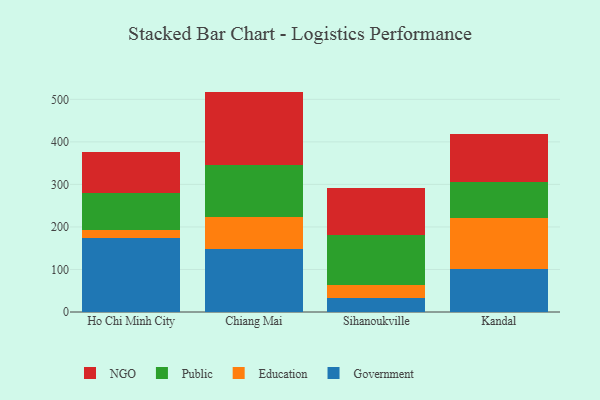
{"axis": {"x": "City", "y": "LTV (USD)"}, "legend": ["Education", "Government", "NGO", "Public"], "data": [{"x": "Ho Chi Minh City", "y": 175.0, "type": "Government"}, {"x": "Ho Chi Minh City", "y": 16.8, "type": "Education"}, {"x": "Ho Chi Minh City", "y": 88.3, "type": "Public"}, {"x": "Ho Chi Minh City", "y": 95.1, "type": "NGO"}, {"x": "Chiang Mai", "y": 148.3, "type": "Government"}, {"x": "Chiang Mai", "y": 74.0, "type": "Education"}, {"x": "Chiang Mai", "y": 123.6, "type": "Public"}, {"x": "Chiang Mai", "y": 172.3, "type": "NGO"}, {"x": "Sihanoukville", "y": 32.4, "type": "Government"}, {"x": "Sihanoukville", "y": 31.9, "type": "Education"}, {"x": "Sihanoukville", "y": 117.4, "type": "Public"}, {"x": "Sihanoukville", "y": 110.8, "type": "NGO"}, {"x": "Kandal", "y": 100.5, "type": "Government"}, {"x": "Kandal", "y": 121.0, "type": "Education"}, {"x": "Kandal", "y": 83.4, "type": "Public"}, {"x": "Kandal", "y": 113.1, "type": "NGO"}]}